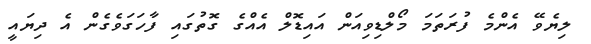
ލިޔެވޭ އެންމެ ފުރަތަމަ މޯލްޑިވިއަން އައިޑޮލް އެއްގެ ގޮތުގައި ފާހަގަވެގެން އެ ދިޔައީ